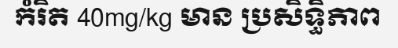
កំរិត 40mg/kg មាន ប្រសិទ្ធិភាព